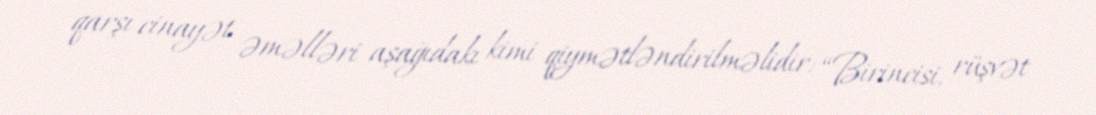
qarşı cinayət əməlləri aşağıdakı kimi qiymətləndirilməlidir: “Birincisi, rüşvət